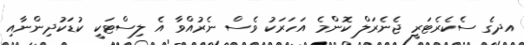
އދގެ ސެކެރެޓަރީ ޖެނެރަލް ކޮންމެ އަހަރަކު ވެސް ނެރުއްވާ އެ ލިސްޓަކީ ކުޑަކުދިންނާއި